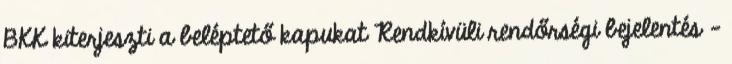
BKK kiterjeszti a beléptető kapukat Rendkívüli rendőrségi bejelentés -